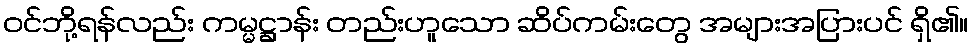
ဝင်ဘို့ရန်လည်း ကမ္မဋ္ဌာန်း တည်းဟူသော ဆိပ်ကမ်းတွေ အများအပြားပင် ရှိ၏။